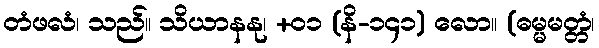
တံဖလံ၊ သည်။ သိယာနနု၊ +၀၁ (နိ-၁၄၁) လော။ (ဓမ္မမတ္တံ၊